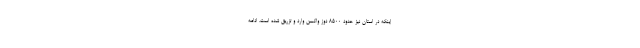
اینکه در استان نیز حدود ۸۵۰۰ دوز واکسن وارد و تزریق شده است، ادامه